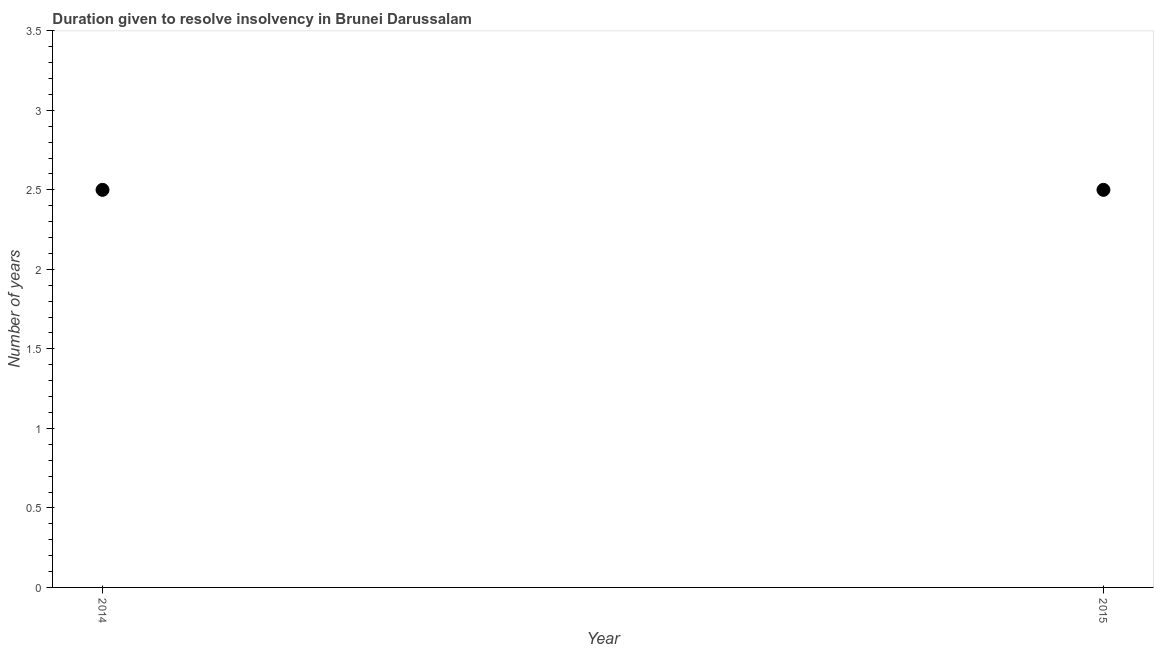
| Year | Resolve insolvency |
 | --- | --- |
 | 2014 | 2.5 |
 | 2015 | 2.5 |